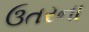
ઉતરના